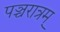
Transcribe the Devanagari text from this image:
पञ्चरात्रम्‌